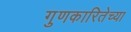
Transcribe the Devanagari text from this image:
गुणकारितेच्या